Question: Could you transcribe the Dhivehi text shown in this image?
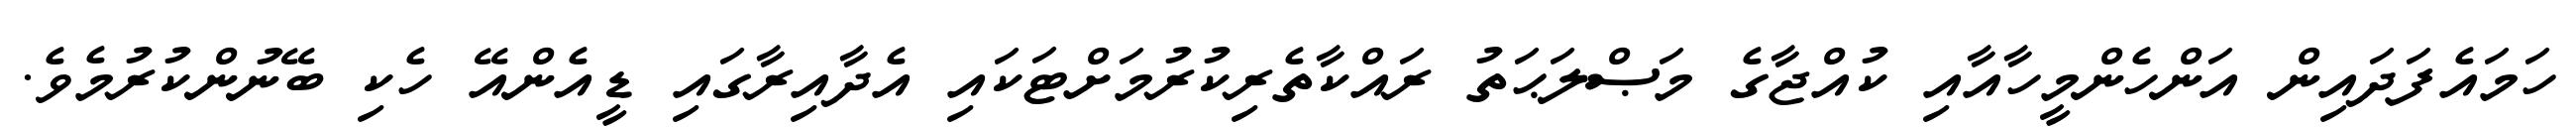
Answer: ހަމައެފަދައިން އަންހެންމީހާއާއި ކުއްޖާގެ މަޞްލަޙަތު ރައްކާތެރިކުރުމަށްޓަކައި އެދާއިރާގައި ޑީއެންއޭ ހެކި ބޭނުންކުރުމެވެ.